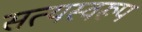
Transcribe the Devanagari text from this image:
सत्‍यस्‍वरूप